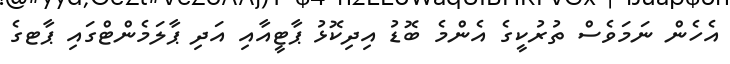
އެހެން ނަމަވެސް ތުރުކީގެ އެންމެ ބޮޑު އިދިކޮޅު ޕާޓީއާއި އަދި ޕާލަމެންޓްގައި ޕާޓގެ